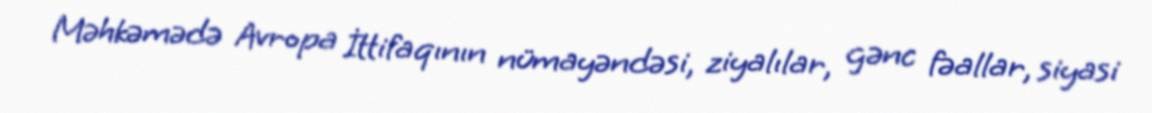
Məhkəmədə Avropa İttifaqının nümayəndəsi, ziyalılar, gənc fəallar, siyasi